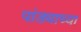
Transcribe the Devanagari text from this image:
पांड्याच्या